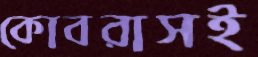
কোবরাসই